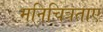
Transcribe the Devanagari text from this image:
मनिचित्रताए